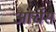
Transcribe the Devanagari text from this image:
आर्चेस